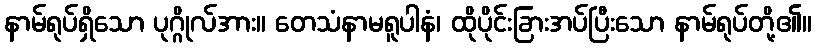
နာမ်ရုပ်ရှိသော ပုဂ္ဂိုလ်အား။ တေသံနာမရူပါနံ၊ ထိုပိုင်းခြားအပ်ပြီးသော နာမ်ရုပ်တို့၏။